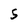
Character: 5